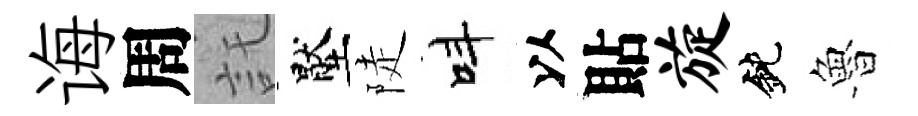
诲周託壓陡呌以貼旋鈍魯